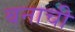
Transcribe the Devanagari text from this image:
बनाची